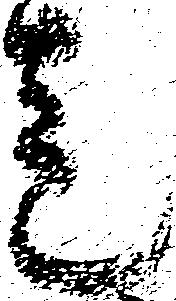
走